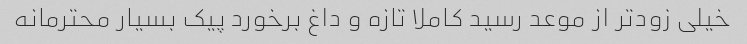
خیلی زودتر از موعد رسید کاملا تازه و داغ برخورد پیک بسیار محترمانه